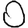
Digit: 0